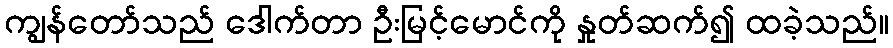
ကျွန်တော်သည် ဒေါက်တာ ဦးမြင့်မောင်ကို နှုတ်ဆက်၍ ထခဲ့သည်။